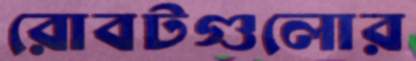
রোবটগুলোর